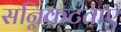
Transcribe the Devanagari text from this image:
सन्निकटताएँ